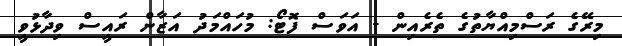
މިރޭގެ ރަސްމިއްޔާތުގެ ތެރެއިން - އަވަސް ފޮޓޯ: މުހައްމަދު އަޒާން ރައީސް ވިދާޅުވީ